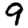
Digit: 9